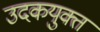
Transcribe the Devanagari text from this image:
उदकयुक्त